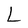
Character: L